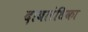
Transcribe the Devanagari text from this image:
दाबलंधिका